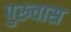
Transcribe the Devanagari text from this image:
पुरुवास